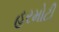
હરમોટી